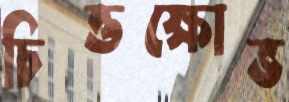
চিত্তক্ষোভ